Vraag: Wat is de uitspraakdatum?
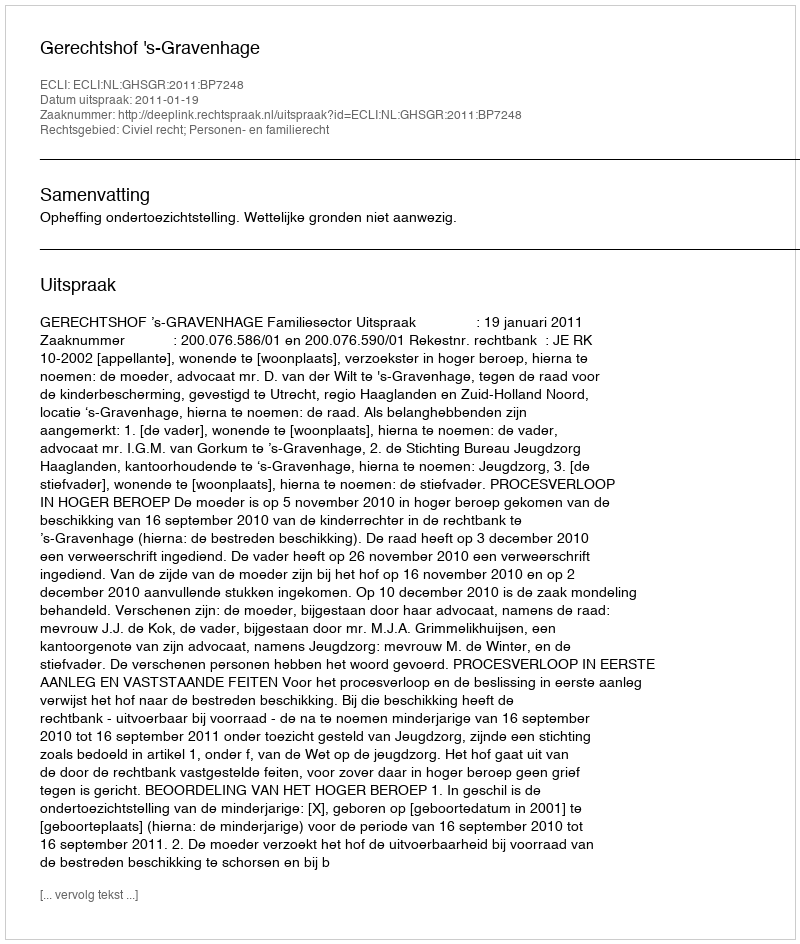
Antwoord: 2011-01-19